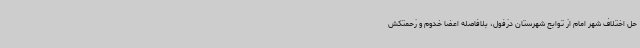
حل اختلاف شهر امام از توابع شهرستان دزفول، بلافاصله اعضا خدوم و زحمتکش